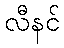
လီနင်